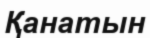
Қанатын